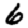
Digit: 6